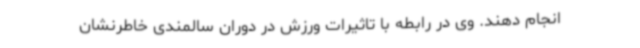
انجام دهند. وی در رابطه با تاثیرات ورزش در دوران سالمندی خاطرنشان